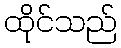
ထိုင်သည်